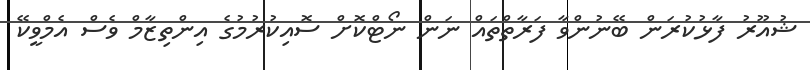
ޝުއޫރު ފާޅުކުރަން ބޭނުންވާ ފަރާތްތައް ނަން ނޯޓްކޮށް ސޮއިކުރުމުގެ އިންތިޒާމް ވެސް އެމްވީކޭ